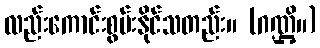
လည်းကောင်းစွမ်းနိုင်သတည်း။ (ဂဏ္ဌိ။)